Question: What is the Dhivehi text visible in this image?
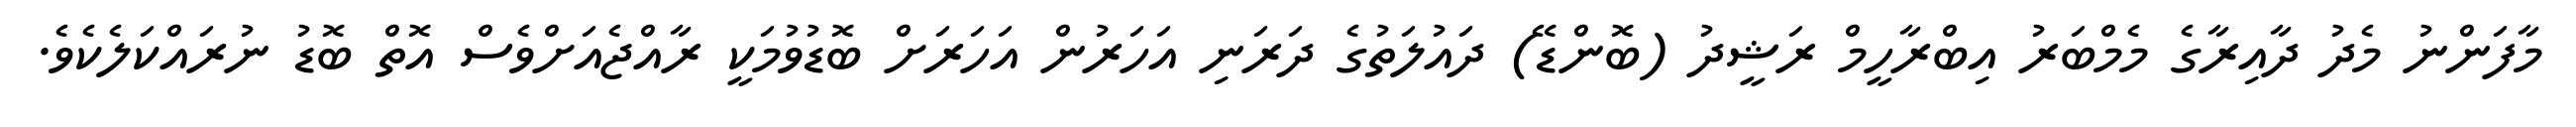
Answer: މާފަންނު މެދު ދާއިރާގެ މެމްބަރު އިބްރާހީމް ރަޝީދު (ބޮންޑޭ) ދައުލަތުގެ ދަރަނި އަހަރުން އަހަރަށް ބޮޑުވުމަކީ ރާއްޖެއަށްވެސް އޮތް ބޮޑު ނުރައްކަލެކެވެ.